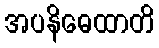
အပနိဓေထာတိ